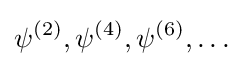
\psi ^{(2)},\psi ^{(4)},\psi ^{(6)},\ldots